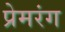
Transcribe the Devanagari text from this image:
प्रेमरंग